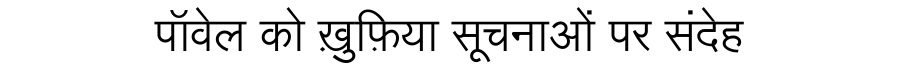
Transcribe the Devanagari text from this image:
पॉवेल को ख़ुफ़िया सूचनाओं पर संदेह